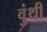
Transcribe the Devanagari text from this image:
वुंथी